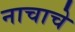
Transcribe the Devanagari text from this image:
नाचाचे